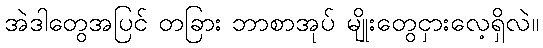
အဲဒါတွေအပြင် တခြား ဘာစာအုပ် မျိုးတွေငှားလေ့ရှိလဲ။